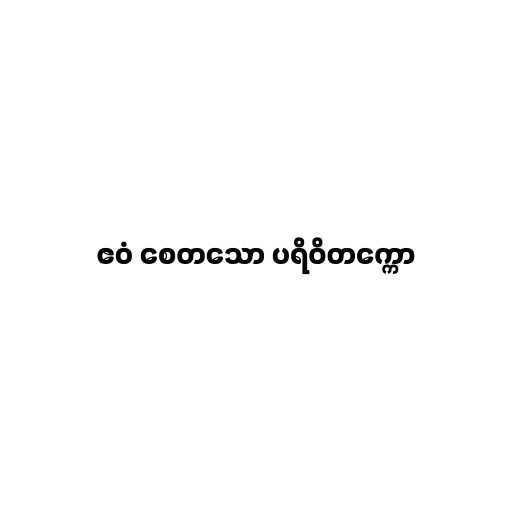
ဧဝံ စေတသော ပရိဝိတက္ကော